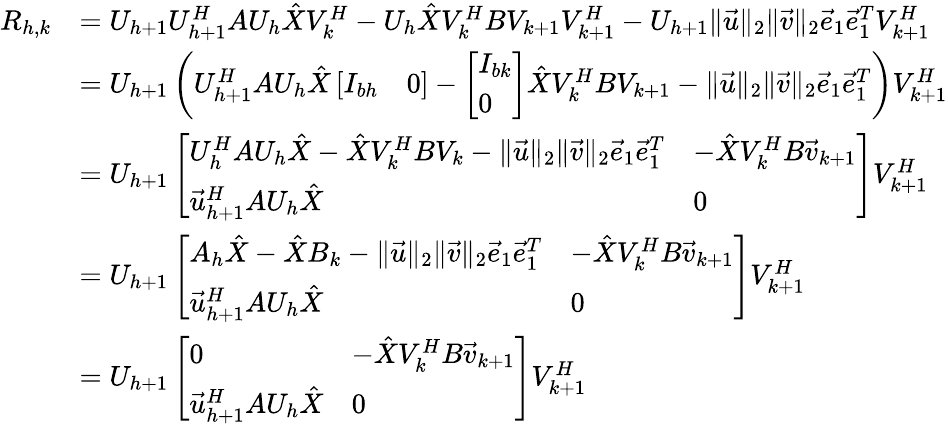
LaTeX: \begin{array}{rl}{R_{h,k}}&{=U_{h+1}U_{h+1}^{H}AU_{h}\hat{X}V_{k}^{H}-U_{h}\hat{X}V_{k}^{H}BV_{k+1}V_{k+1}^{H}-U_{h+1}\lVert\vec{u}\rVert_{2}\lVert\vec{v}\rVert_{2}\vec{e}_{1}\vec{e}_{1}^{T}V_{k+1}^{H}}\\ &{=U_{h+1}\left(U_{h+1}^{H}AU_{h}\hat{X}\left[\begin{array}{ll}{I_{bh}}&{0}\end{array}\right]-\left[\begin{array}{l}{I_{bk}}\\ {0}\end{array}\right]\hat{X}V_{k}^{H}BV_{k+1}-\lVert\vec{u}\rVert_{2}\lVert\vec{v}\rVert_{2}\vec{e}_{1}\vec{e}_{1}^{T}\right)V_{k+1}^{H}}\\ &{=U_{h+1}\left[\begin{array}{ll}{U_{h}^{H}AU_{h}\hat{X}-\hat{X}V_{k}^{H}BV_{k}-\lVert\vec{u}\rVert_{2}\lVert\vec{v}\rVert_{2}\vec{e}_{1}\vec{e}_{1}^{T}}&{-\hat{X}V_{k}^{H}B\vec{v}_{k+1}}\\ {\vec{u}_{h+1}^{H}AU_{h}\hat{X}}&{0}\end{array}\right]V_{k+1}^{H}}\\ &{=U_{h+1}\left[\begin{array}{ll}{A_{h}\hat{X}-\hat{X}B_{k}-\lVert\vec{u}\rVert_{2}\lVert\vec{v}\rVert_{2}\vec{e}_{1}\vec{e}_{1}^{T}}&{-\hat{X}V_{k}^{H}B\vec{v}_{k+1}}\\ {\vec{u}_{h+1}^{H}AU_{h}\hat{X}}&{0}\end{array}\right]V_{k+1}^{H}}\\ &{=U_{h+1}\left[\begin{array}{ll}{0}&{-\hat{X}V_{k}^{H}B\vec{v}_{k+1}}\\ {\vec{u}_{h+1}^{H}AU_{h}\hat{X}}&{0}\end{array}\right]V_{k+1}^{H}}\end{array}